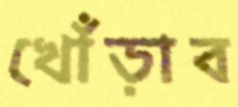
খোঁড়াব